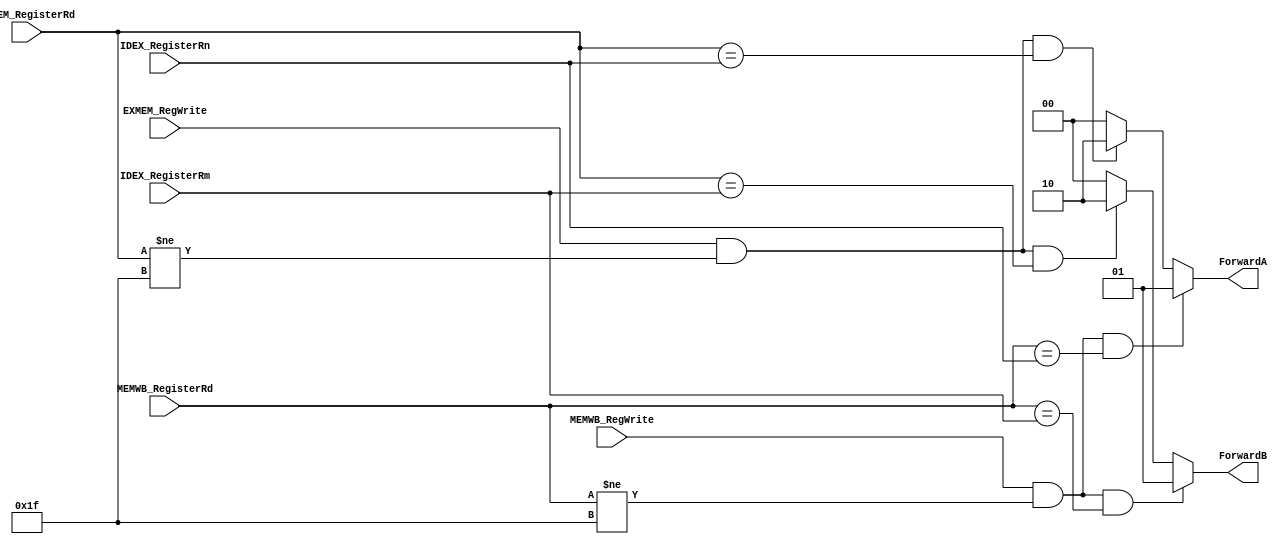
// This program was cloned from: https://github.com/ronitrex/ARMLEG
// License: GNU General Public License v3.0

module ForwardingUnit
(
	input [4:0] IDEX_RegisterRm,
	input [4:0] IDEX_RegisterRn,
	input [4:0] EXMEM_RegisterRd,
	input [4:0] MEMWB_RegisterRd,
	input EXMEM_RegWrite,
	input MEMWB_RegWrite,
	output reg [1:0] ForwardA,
	output reg [1:0] ForwardB
);

	always @(*) begin
		ForwardA = 2'b00;
		ForwardB = 2'b00;

		//EX hazard:	
		if ((EXMEM_RegWrite) && (EXMEM_RegisterRd != 31) && (EXMEM_RegisterRd == IDEX_RegisterRn)) begin
			ForwardA = 2'b10;
		end
		if ((EXMEM_RegWrite) && (EXMEM_RegisterRd != 31) && (EXMEM_RegisterRd == IDEX_RegisterRm)) begin
			ForwardB = 2'b10;
		end

		//MEM hazard:	
		if ((MEMWB_RegWrite) && (MEMWB_RegisterRd != 31) && (MEMWB_RegisterRd == IDEX_RegisterRn))
		//&& !((EXMEM_RegWrite) && (EXMEM_RegisterRd != 31) && (EXMEM_RegisterRd != IDEX_RegisterRn)))
			begin
				ForwardA = 2'b01;
			end
		if ((MEMWB_RegWrite) && (MEMWB_RegisterRd != 31) && (MEMWB_RegisterRd == IDEX_RegisterRm))
		//&& !((EXMEM_RegWrite) && (EXMEM_RegisterRd != 31) && (EXMEM_RegisterRd != IDEX_RegisterRm)))
			begin
				ForwardB = 2'b01;
			end
	end
endmodule